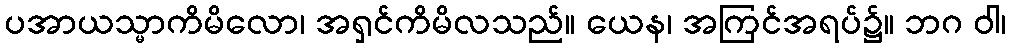
ပအာယသ္မာကိမိလော၊ အရှင်ကိမိလသည်။ ယေန၊ အကြင်အရပ်၌။ ဘဂ ဝါ၊